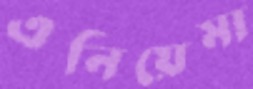
এনিয়েমা